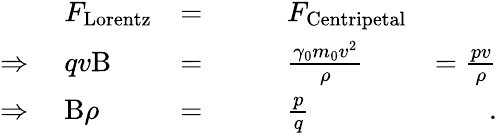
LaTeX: \begin{array}{rlrlr}&{F_{\mathrm{Lorentz}}}&{=}&{\qquad F_{\mathrm{Centripetal}}}&\\ {\Rightarrow\; }&{qv\mathrm{B}}&{=}&{\qquad\frac{\gamma_{0}m_{0}v^{2}}{\rho}}&{=\frac{pv}{\rho}}\\ {\Rightarrow\; }&{\mathrm{B}\rho}&{=}&{\qquad\frac{p}{q}}&{\; .}\end{array}